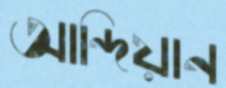
আন্দিয়ান